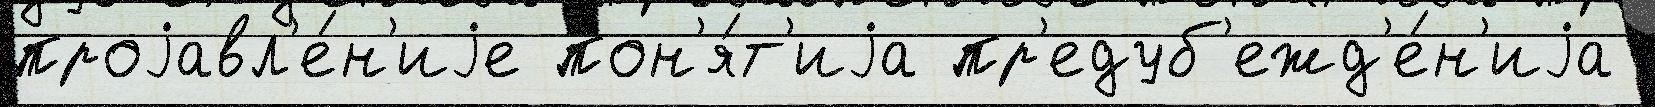
проjавл'е́н'иjе пон'я́т'иjа пр'едуб'ежд'е́н'иjа